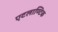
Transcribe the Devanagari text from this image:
एटलाण्टिक